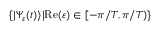
\{ | \Psi _ { \varepsilon } ( t ) \rangle | \mathrm { R e } ( \varepsilon ) \in [ - \pi / T , \pi / T ) \}